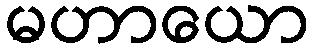
မဟာယော